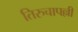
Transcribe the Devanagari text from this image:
तिरुचापल्ली